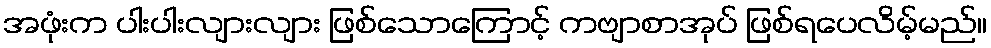
အဖုံးက ပါးပါးလျားလျား ဖြစ်သောကြောင့် ကဗျာစာအုပ် ဖြစ်ရပေလိမ့်မည်။